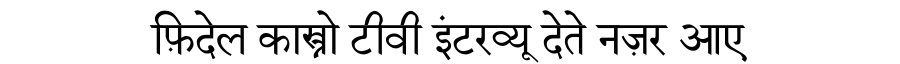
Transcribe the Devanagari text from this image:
फ़िदेल कास्त्रो टीवी इंटरव्यू देते नज़र आए